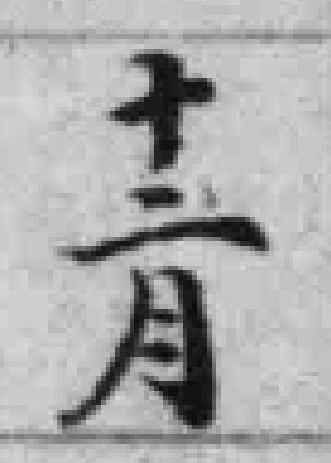
十二月